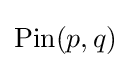
\operatorname {Pin} (p,q)